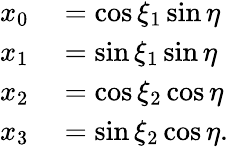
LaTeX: \begin{array}{rl}{x_{0}}&{{}=\cos\xi_{1}\sin\eta}\\ {x_{1}}&{{}=\sin\xi_{1}\sin\eta}\\ {x_{2}}&{{}=\cos\xi_{2}\cos\eta}\\ {x_{3}}&{{}=\sin\xi_{2}\cos\eta.}\end{array}